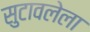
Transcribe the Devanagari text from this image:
सुटावलेला